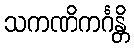
သကဏိကင်္ဂန္တိ